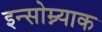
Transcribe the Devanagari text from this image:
इन्सोम्न्याक